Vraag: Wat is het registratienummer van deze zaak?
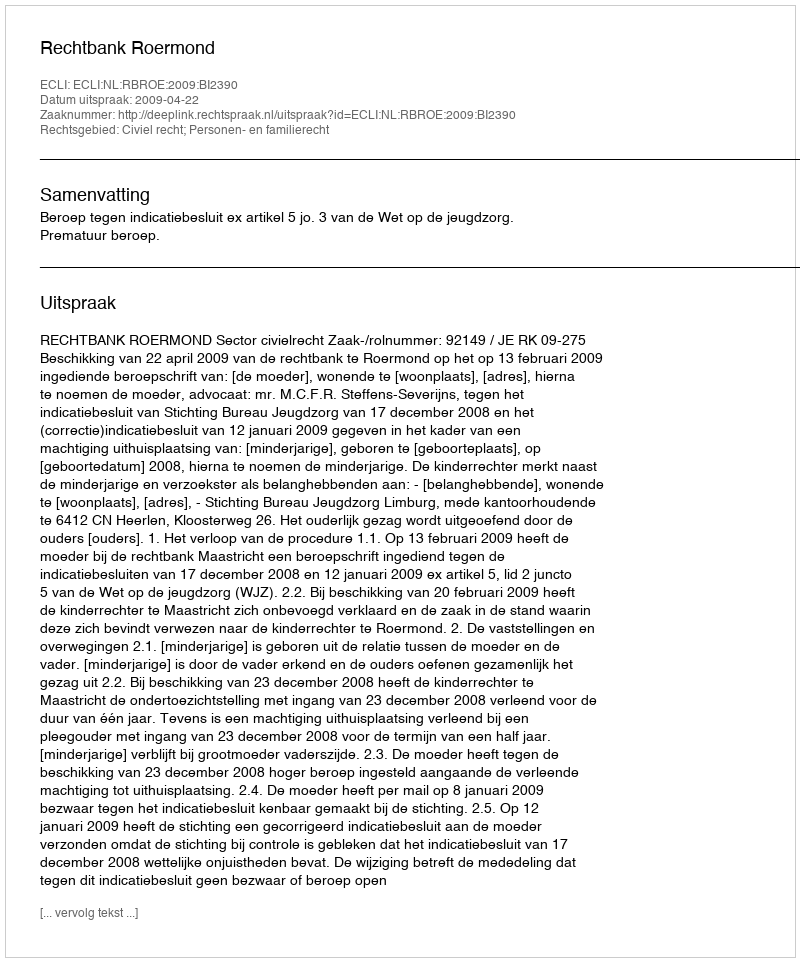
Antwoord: http://deeplink.rechtspraak.nl/uitspraak?id=ECLI:NL:RBROE:2009:BI2390